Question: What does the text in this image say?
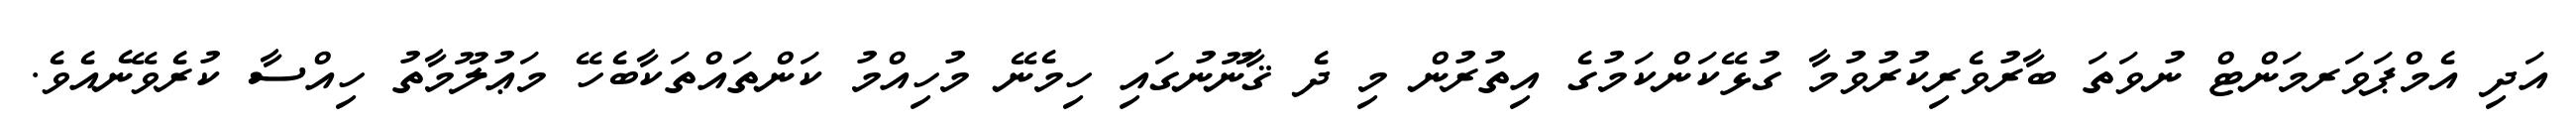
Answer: އަދި އެމްޕަވަރމަންޓް ނުވަތަ ބާރުވެރިކުރުވުމާ ގުޅޭކަންކަމުގެ އިތުރުން މި ދެ ޤާނޫނުގައި ހިމެނޭ މުހިއްމު ކަންތައްތަކާބެހޭ މަޢުލޫމާތު ހިއްސާ ކުރެވޭނެއެވެ.